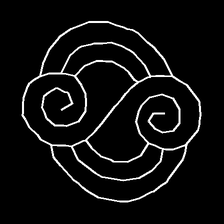
Glyph: wind-underfoot